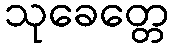
သုခေတ္တေ